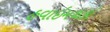
હવાઇમથકો